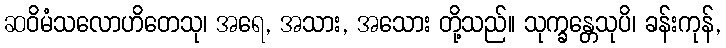
ဆဝိမံသလောဟိတေသု၊ အရေ, အသား, အသေား တို့သည်။ သုက္ခန္တေသုပိ၊ ခန်းကုန်,